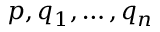
p , q _ { 1 } , \ldots , q _ { n }